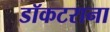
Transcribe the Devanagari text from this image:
डॉकटराना